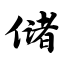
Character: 储